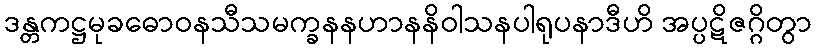
ဒန္တကဋ္ဌမုခဓောဝနသီသမက္ခနနဟာနနိဝါသနပါရုပနာဒီဟိ အပ္ပဋိဇဂ္ဂိတွာ